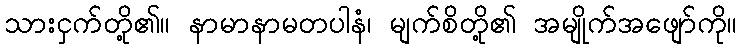
သားငှက်တို့၏။ နာမာနာမတပါနံ၊ မျက်စိတို့၏ အမျိုက်အဖျော်ကို။